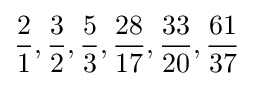
{\frac {2}{1}},{\frac {3}{2}},{\frac {5}{3}},{\frac {28}{17}},{\frac {33}{20}},{\frac {61}{37}}